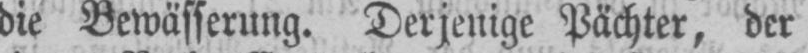
die Bewässerung. Derjenige Pächter, der